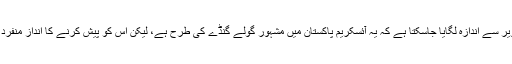
تصویر سے اندازہ لگایا جاسکتا ہے کہ یہ آئسکریم پاکستان میں مشہور گولے گنڈے کی طرح ہے، لیکن اس کو پیش کرنے کا انداز منفرد ہے۔